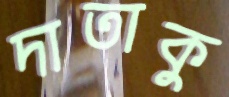
দাতাকু